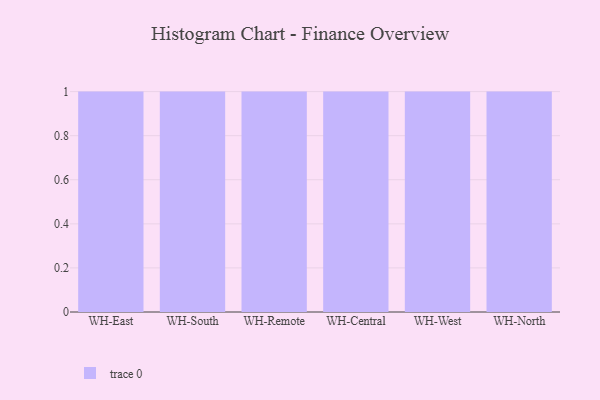
{"axis": {"x": "Warehouse", "y": "Conversion Rate (%)"}, "legend": [""], "data": [{"x": "WH-East", "y": 88, "type": ""}, {"x": "WH-South", "y": 19, "type": ""}, {"x": "WH-Remote", "y": 91, "type": ""}, {"x": "WH-Central", "y": 57, "type": ""}, {"x": "WH-West", "y": 66, "type": ""}, {"x": "WH-North", "y": 37, "type": ""}]}